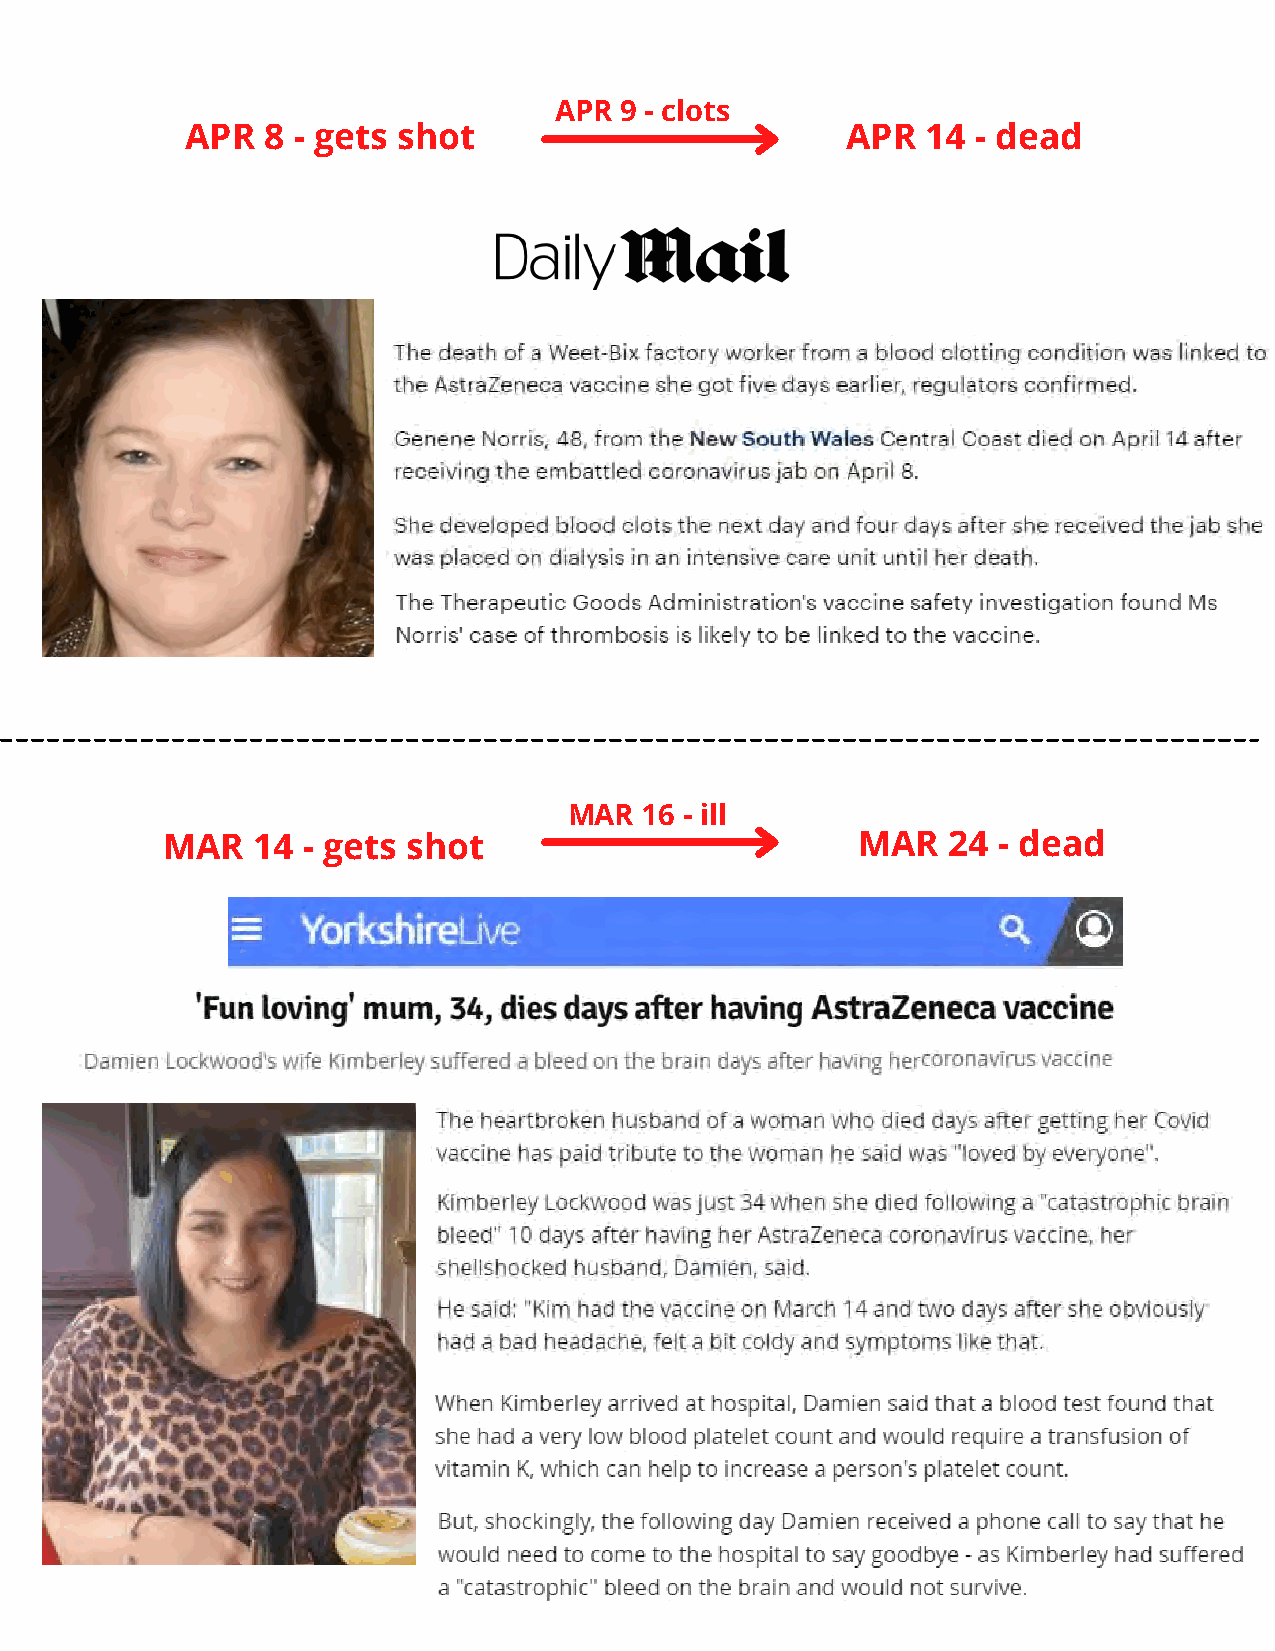
APR 9 - clots
 APR  8 - gets shot                          APR  14  - dead
 MAR  16 - ill
 MAR   14 - gets shot                          MAR   24 - dead